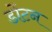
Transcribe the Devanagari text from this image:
डोंटन